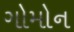
ગોમોન